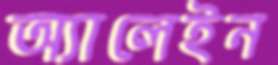
অ্যালেইন